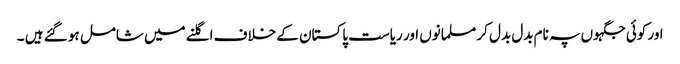
اور کوئی جگہوں پہ نام بدل بدل کر مسلمانوں اور ریاست پاکستان کے خلاف اگلنے میں شامل ہو گئے ہیں ۔